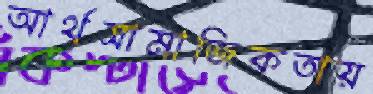
আর্থসামাজিকতায়